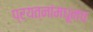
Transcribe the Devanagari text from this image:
प्रयत्नांमधूनच